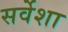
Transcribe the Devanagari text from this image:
सर्वेशा